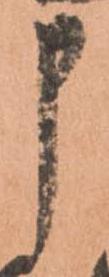
申